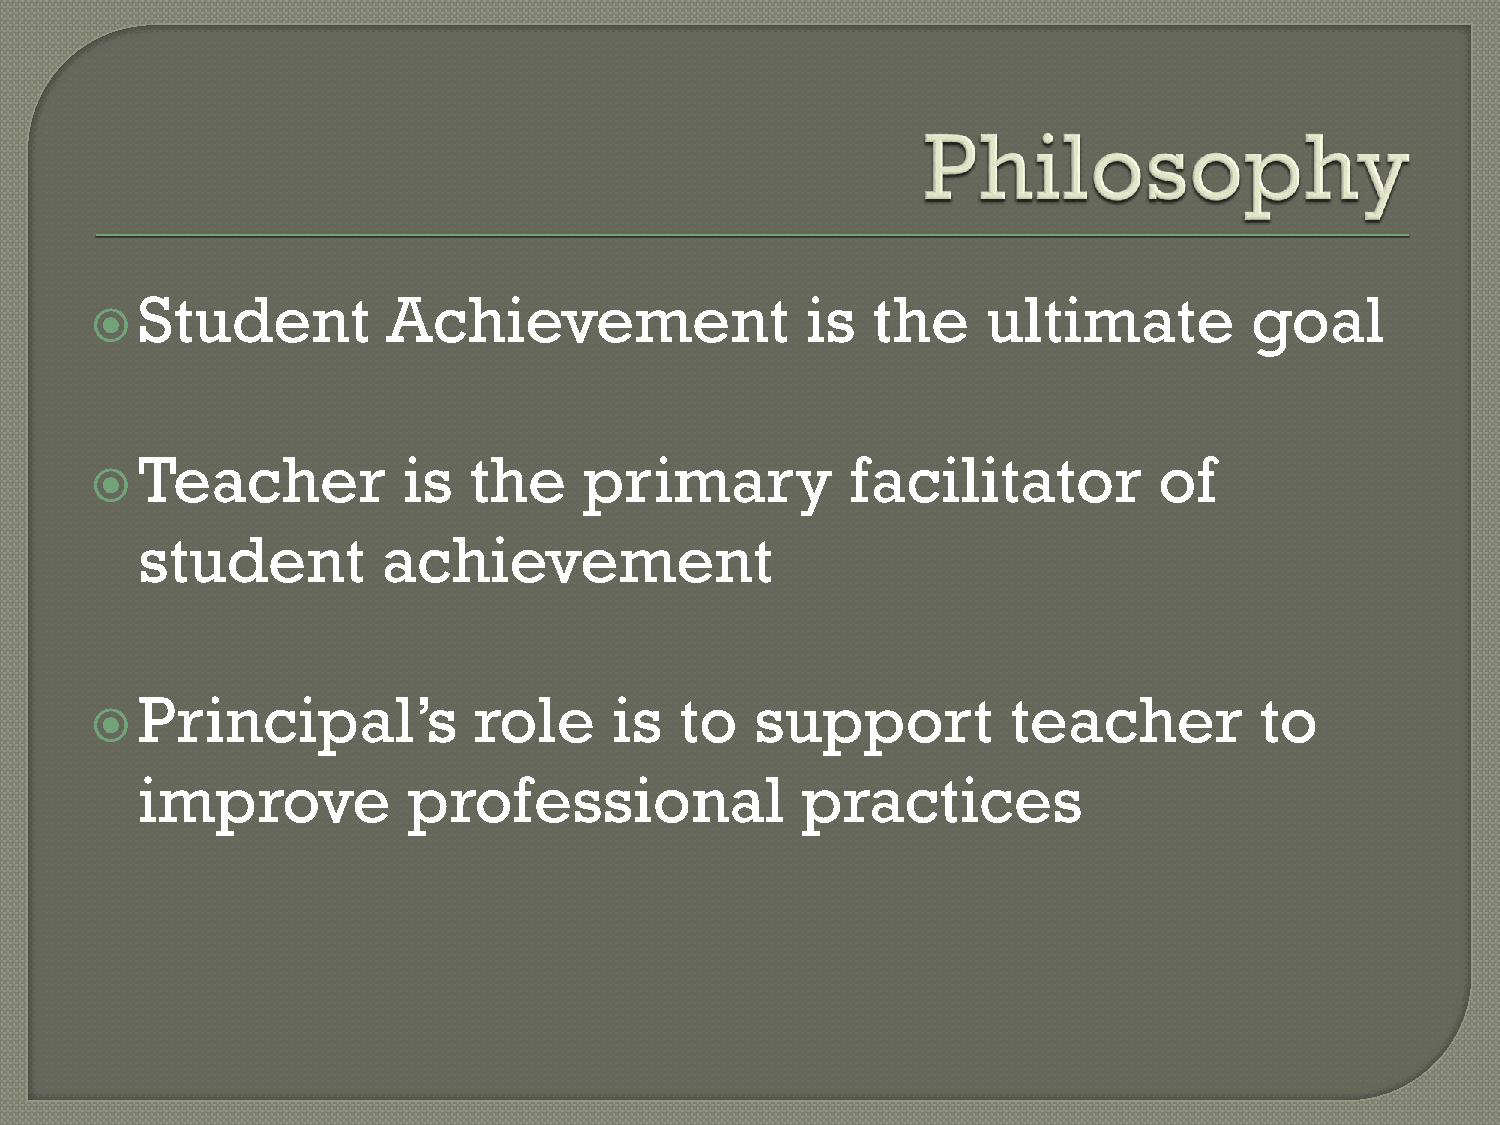
Student          Achievement                is   the    ultimate          goal
 
 Teacher           is  the     primary          facilitator          of
 
 student         achievement
 Principal’s           role      is  to   support          teacher         to
 
 improve           professional              practices